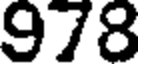
978